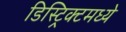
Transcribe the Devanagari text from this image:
डिस्ट्रिक्टमध्ये